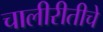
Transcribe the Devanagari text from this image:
चालीरीतीचे